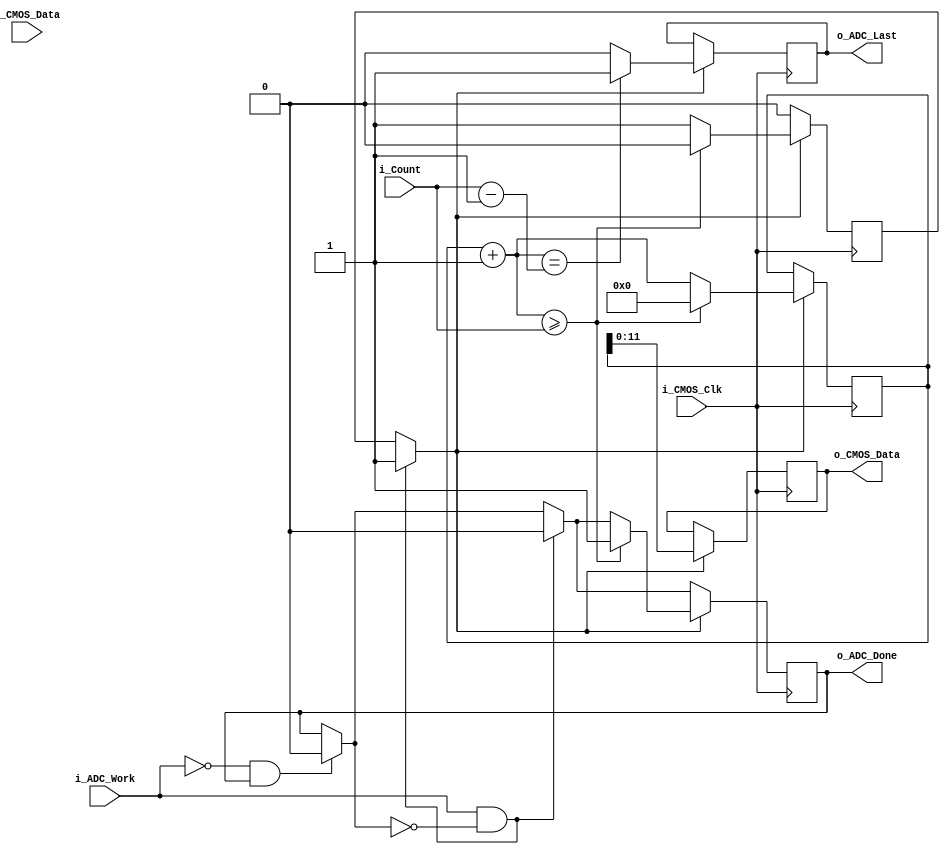
`timescale 1ns / 1ps
//////////////////////////////////////////////////////////////////////////////////
// Company: 
// Engineer: 
// 
// Design Name: 
// Module Name: PL_ADC
// Project Name: 
// Target Devices: 
// Tool Versions: 
// Description: 
// 
// Dependencies: 
// 
// Revision:
// Revision 0.01 - File Created
// Additional Comments:
// 
//////////////////////////////////////////////////////////////////////////////////


module PL_ADC(
        input wire i_CMOS_Clk,
        input wire [11:0] i_CMOS_Data,
        output reg [11:0] o_CMOS_Data,
        input wire i_ADC_Work,
        output reg o_ADC_Done,
        output reg o_ADC_Last,
        input wire [31:0] i_Count
    );
    
    reg r_Work = 0;
    reg [19:0] r_Count = 0;
    reg r_Done = 0;
    reg [11:0] r_output = 0;
    reg reset = 0;
    
always @(posedge i_CMOS_Clk)
begin
    if (!i_ADC_Work & r_Done)
    begin
        r_Done = 0;
    end
    if (i_ADC_Work & !r_Done)
    begin
        r_Done = 0;
        r_Work = 1;
//        o_CMOS_Data = i_CMOS_Data;
    end
    
    
    if (r_Work)
    begin
//        r_output = i_CMOS_Data;
//        r_output = 'h929;
        r_output <= r_Count;
//        if (r_Count >= 4096) r_output = r_output >> 12;
        r_Count = r_Count + 1;
        if (r_Count == i_Count - 1)
            o_ADC_Last <= 1;
        else
            o_ADC_Last <= 0;
        if (r_Count >= i_Count)
        begin
            r_Done = 1;
            r_Work = 0;
            r_Count <= 0;
        end
    end
//    else if (r_Work)
//    begin
//        o_ADC_Done = 1;
//        r_Work = 0;
//    end
    
end

always @(*) 
begin
    o_ADC_Done <= r_Done;
    o_CMOS_Data <= r_output;
end

initial
begin
    r_Work = 0;
    r_Count = 0;
    r_output = 'h0;
end

endmodule